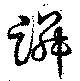
蹸